Civil Veterinary Dept. Bombay admin report 1932-41 - 1932-1941
Year: 1932
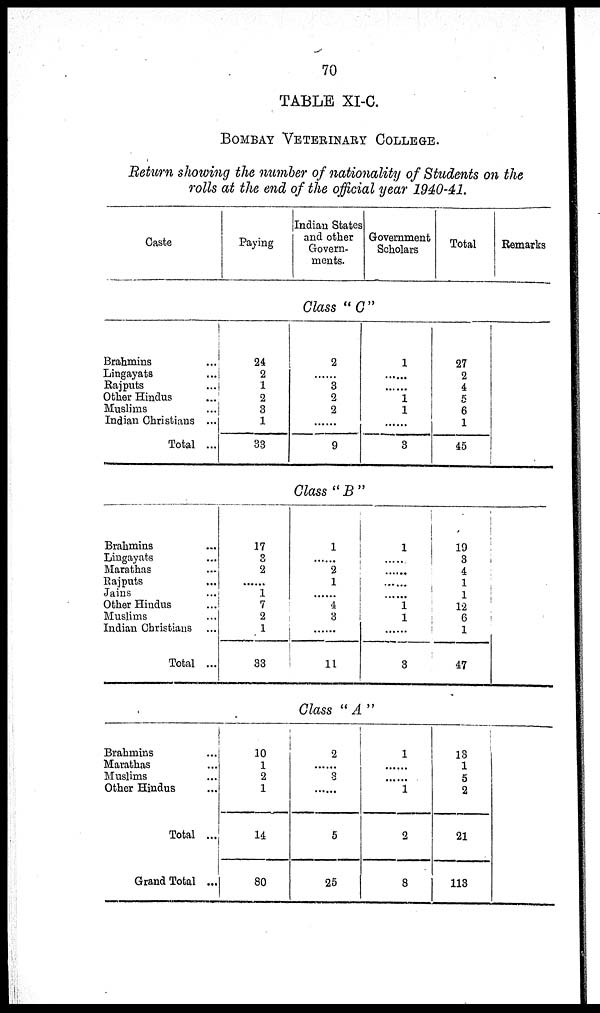
70
TABLE XI-C.
BOMBAY VETERINARY COLLEGE.
Return showing the number of nationality of Students on the
rolls at the end of the official year 1940-41.
Caste
Paying
Indian States
and other
Govern-
ments.
Government
Scholars
Total
Remarks
Class "C"
Brahmins ...
Lingayats ...
Rajputs ...
Other Hindus ...
Muslims ...
Indian Christians ...
Total ...
24
2
1
2
3
1
33
2
.
3
2
2
.
9
1
......
.
1
1
.
3
27
2
4
5
6
1
45
Class "B"
Brahmins ...
Lingayats ...
Marathas ...
Rajputs ...
Jains ...
Other Hindus ...
Muslims ...
Indian Christians ...
Total ...
17
3
2
.
1
7
2
1
33
1
.
2
1
.
4
3
......
11
1
......
.
......
......
1
1
.
3
19
3
4
1
1
12
6
1
47
Class "A"
Brahmins ...
Marathas ...
Muslims ...
Other Hindus ...
Total ...
Grand Total ...
10
1
2
1
14
80
2
......
3
......
5
25
1
.
......
1
2
8
13
1
5
2
21
113